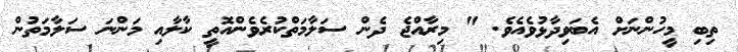
ތިބި މީހުންނަށް އެބަވިދާޅުވެއެވެ. " މިރާއްޖެ ދެން ސަލާމަތްކުރެވެންއޮތީ ކާލާއި މަންނަ ސަލާމަތުން